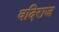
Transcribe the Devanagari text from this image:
वदिराज